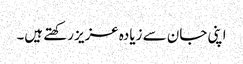
اپنی جان سے زیادہ عزیز رکھتے ہیں۔